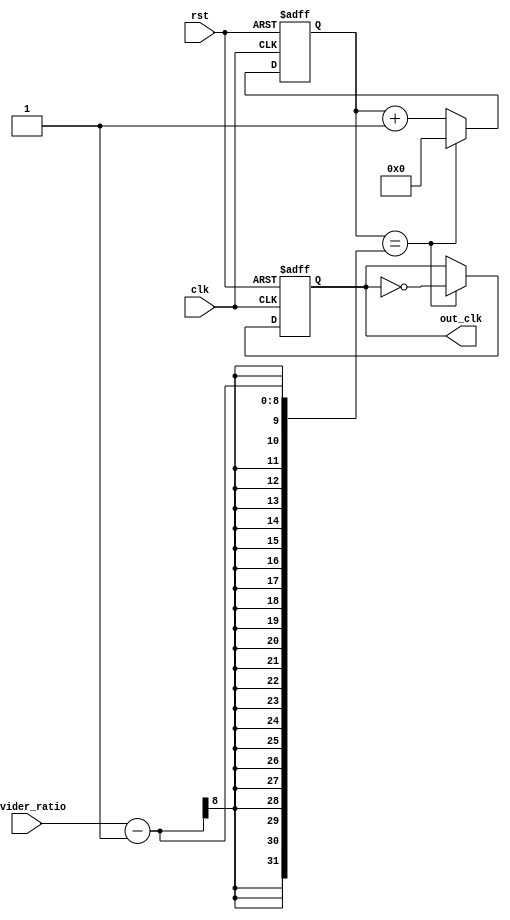
module fractional_clock_divider (
    input wire clk,
    input wire rst,
    input wire [7:0] divider_ratio,
    output reg out_clk
);

reg [7:0] count;

always @(posedge clk or posedge rst) begin
    if (rst) begin
        count <= 0;
        out_clk <= 0;
    end else begin
        if (count == divider_ratio - 1) begin
            count <= 0;
            out_clk <= ~out_clk;
        end else begin
            count <= count + 1;
        end
    end
end

endmodule